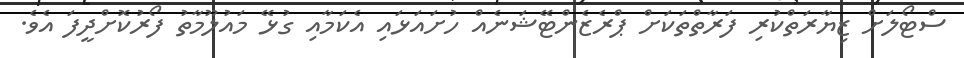
ސްޓޯލަށް ޒިޔާރަތްކުރި ފަރާތްތަކަށް ޕްރެޒެންޓޭޝަނެއް ހުށައަޅައި އެކަމާއި ގުޅޭ މައުލޫމާތު ފޯރުކޮށްދީފަ އެވެ.